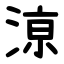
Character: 鿌